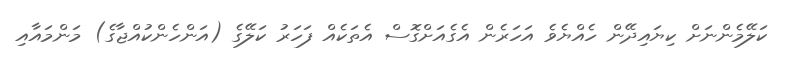
ކަލޭމެންނަށް ކިޔައިދޭން ހެއްޔެވެ އަހަރެން އެގެއަށްގޮސް އެތަކެއް ފަހަރު ކަލޭގެ (އަންހެންކުއްޖާގެ) މަންމައާއި